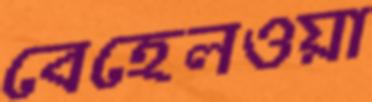
বেহেলওয়া